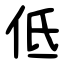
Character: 低